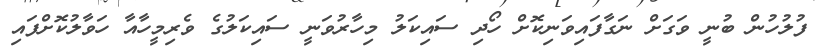
ފުލުހުން ބުނީ ވަގަށް ނަގާފައިވަނިކޮށް ހޯދި ސައިކަލު މިހާރުވަނީ ސައިކަލުގެ ވެރިމީހާއާ ހަވާލުކޮށްފައި